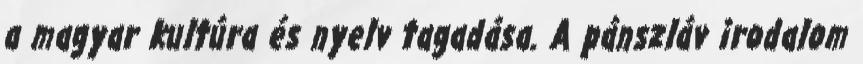
a magyar kultúra és nyelv tagadása. A pánszláv irodalom